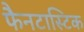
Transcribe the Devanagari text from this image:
फैनटास्टिक